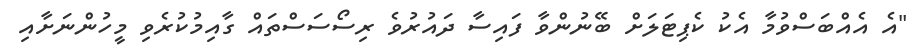
"އެ އެއްބަސްވުމާ އެކު ކެޕިޓަލަށް ބޭނުންވާ ފައިސާ ދައުރުވެ ރިސޯސަސްތައް ގާއިމުކުރެވި މީހުންނަށާއި